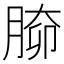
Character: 𦝐